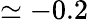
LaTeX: \simeq-0.2